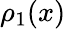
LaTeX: \rho_{1}(x)